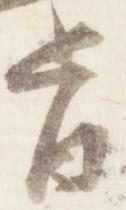
旨